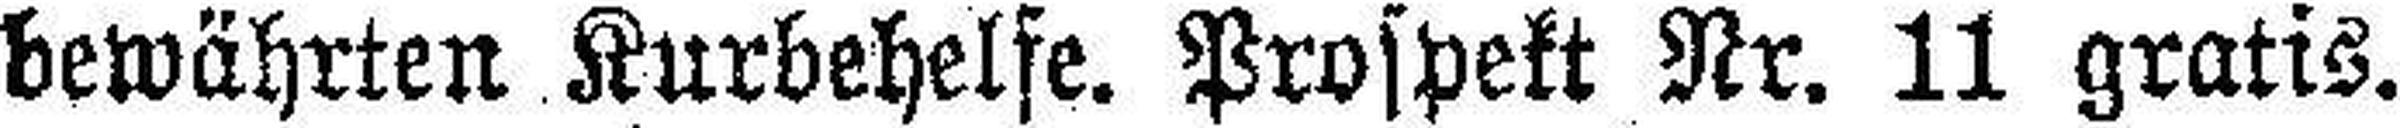
bewährten Kurbehelfe. Prospekt Nr. 11 gratis.